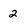
Character: 2